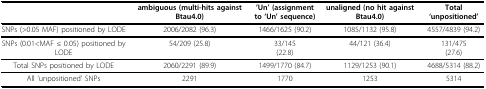
<table><thead><tr><td></td><td><b>ambiguous (multi-hits against Btau4.0)</b></td><td><b>&#x27;Un&#x27; (assignment to &#x27;Un&#x27; sequence)</b></td><td><b>unaligned (no hit against Btau4.0)</b></td><td><b>Total &#x27;unpositioned&#x27;</b></td></tr></thead><tbody><tr><td>SNPs (&gt;0.05 MAF) positioned by LODE</td><td>2006/2082 (96.3)</td><td>1466/1625 (90.2)</td><td>1085/1132 (95.8)</td><td>4557/4839 (94.2)</td></tr><tr><td>SNPs (0.01&lt;MAF ≤ 0.05) positioned by LODE</td><td>54/209 (25.8)</td><td>33/145(22.8)</td><td>44/121 (36.4)</td><td>131/475(27.6)</td></tr><tr><td>Total SNPs positioned by LODE</td><td>2060/2291 (89.9)</td><td>1499/1770 (84.7)</td><td>1129/1253 (90.1)</td><td>4688/5314 (88.2)</td></tr><tr><td>All &#x27;unpositioned&#x27; SNPs</td><td>2291</td><td>1770</td><td>1253</td><td>5314</td></tr></tbody></table>